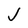
Character: J